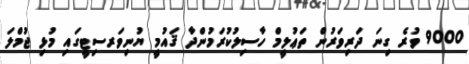
9000 ވުރެ ގިނަ ދަރިވަރުން ތަޢުލީމް ހާސިލުކުރަމުންދާ ޤައުމީ ޔުނިވަރސިޓީގައި މުޅި ޖުމްލަ